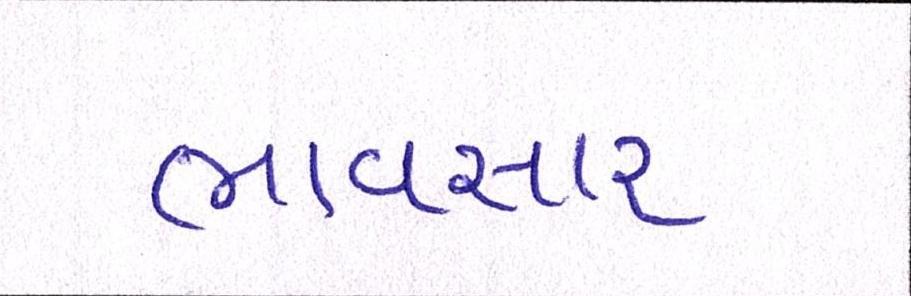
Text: ભાવસારઃ